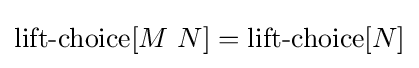
\operatorname {lift-choice} [M\ N]=\operatorname {lift-choice} [N]